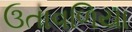
ઉતાવળિયા